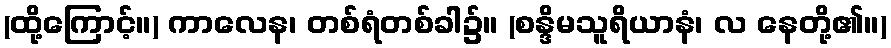
(ထို့ကြောင့်။) ကာလေန၊ တစ်ရံတစ်ခါ၌။ (စန္ဒိမသူရိယာနံ၊ လ နေတို့၏။)